Vaccination in Burma 1920-1933 - 1920-1933
Year: 1920
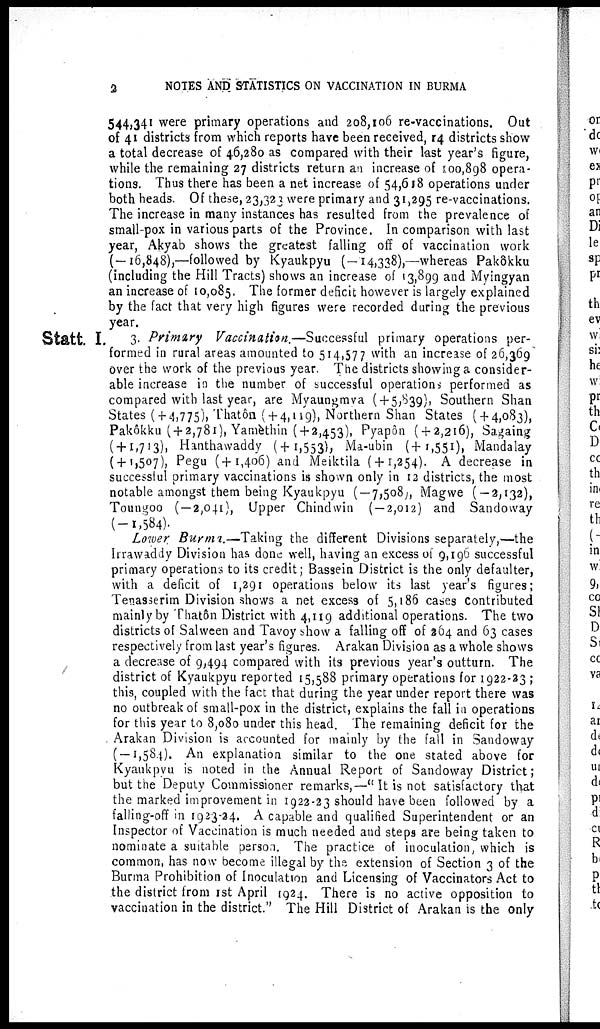
2
NOTES AND STATISTICS ON VACCINATION IN BURMA
544,341 were primary operations and 208,106 re-vaccinations. Out
of 41 districts from which reports have been received, 14 districts show
a total decrease of 46,280 as compared with their last year's figure,
while the remaining 27 districts return an increase of 100,898 opera-
tions. Thus there has been a net increase of 54,618 operations under
both heads. Of these, 23,323 were primary and 31,295 re-vaccinations.
The increase in many instances has resulted from the prevalence of
small-pox in various parts of the Province. In comparison with last
year, Akyab shows the greatest falling off of vaccination work
(—16,848),—followed by Kyaukpyu (—14,338),—whereas Pakôkku
(including the Hill Tracts) shows an increase of 13,899 and Myingyan
an increase of 10,085. The former deficit however is largely explained
by the fact that very high figures were recorded during the previous
year.
Statt. I. 3. Primary Vaccination.—Successful primary operations per-
formed in rural areas amounted to 514,577 with an increase of 26,369
over the work of the previous year. The districts showing a consider-
able increase in the number of successful operations performed as
compared with last year, are Myaungmva ( + 5,839), Southern Shan
States ( + 4,775), Thatôn ( + 4,119), Northern Shan States ( + 4,083),
Pakôkku ( + 2,781), Yamèthin ( + 2,453), Pyapôn ( + 2,216), Sagaing
(+1,713), Hanthawaddy (+1,553), Ma-ubin (+ 1,551), Mandalay
( + 1,507), Pegu (+1,406) and Meiktila ( + 1,254). A decrease in
successful primary vaccinations is shown only in 12 districts, the most
notable amongst them being Kyaukpyu (— 7,508), Magwe ( — 2,132),
Toungoo ( — 2,041), Upper Chindwin ( — 2,012) and Sandoway
(—1,584).
Lower Burma.—Taking the different Divisions separately,—the
Irrawaddy Division has done well, having an excess of 9,196 successful
primary operations to its credit; Bassein District is the only defaulter,
with a deficit of 1,291 operations below its last year's figures;
Tenasserim Division shows a net excess of 5,186 cases Contributed
mainly by Thatôn District with 4,119 additional operations. The two
districts of Salween and Tavoy show a falling off of 264 and 63 cases
respectively from last year's figures. Arakan Division as a whole shows
a decrease of 9,494 compared with its previous year's outturn. The
district of Kyaukpyu reported 15,588 primary operations for 1922-23 ;
this, coupled with the fact that during the year under report there was
no outbreak of small-pox in the district, explains the fall in operations
for this year to 8,080 under this head. The remaining deficit for the
Arakan Division is accounted for mainly by the fall in Sandoway
( —1,584). An explanation similar to the one stated above for
Kyaukpyu is noted in the Annual Report of Sandoway District;
but the Deputy Commissioner remarks,—''It is not satisfactory that
the marked improvement in 1922-23 should have been followed by a
falling-off in 1923-24. A capable and qualified Superintendent or an
Inspector of Vaccination is much needed and steps are being taken to
nominate a suitable person. The practice of inoculation, which is
common, has now become illegal by the extension of Section 3 of the
Burma Prohibition of Inoculation and Licensing of Vaccinators Act to
the district from 1st April 1924. There is no active opposition to
vaccination in the district." The Hill District of Arakan is the only